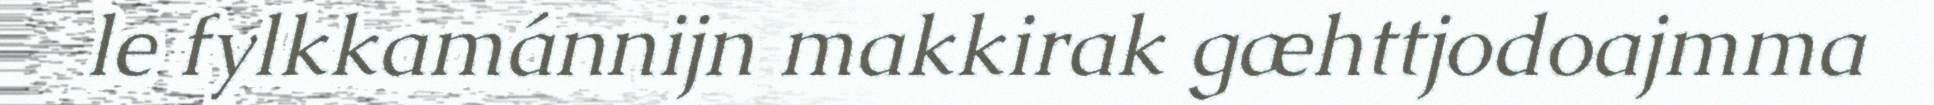
le fylkkamánnijn makkirak gæhttjodoajmma